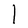
Character: l